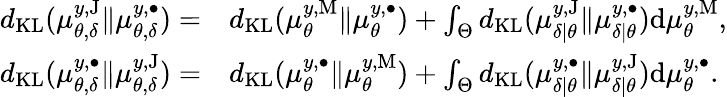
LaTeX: \begin{array}{rl}{d_{\textup{KL}}(\mu_{\theta,\delta}^{y,\textup{J}}\Vert\mu_{\theta,\delta}^{y,\bullet})=}&{d_{\textup{KL}}(\mu_{\theta}^{y,\textup{M}}\Vert\mu_{\theta}^{y,\bullet})+\int_{\Theta}d_{\textup{KL}}(\mu_{\delta|\theta}^{y,\textup{J}}\Vert\mu_{\delta|\theta}^{y,\bullet})\mathrm{d}\mu_{\theta}^{y,\textup{M}},}\\ {d_{\textup{KL}}(\mu_{\theta,\delta}^{y,\bullet}\Vert\mu_{\theta,\delta}^{y,\textup{J}})=}&{d_{\textup{KL}}(\mu_{\theta}^{y,\bullet}\Vert\mu_{\theta}^{y,\textup{M}})+\int_{\Theta}d_{\textup{KL}}(\mu_{\delta|\theta}^{y,\bullet}\Vert\mu_{\delta|\theta}^{y,\textup{J}})\mathrm{d}\mu_{\theta}^{y,\bullet}.}\end{array}